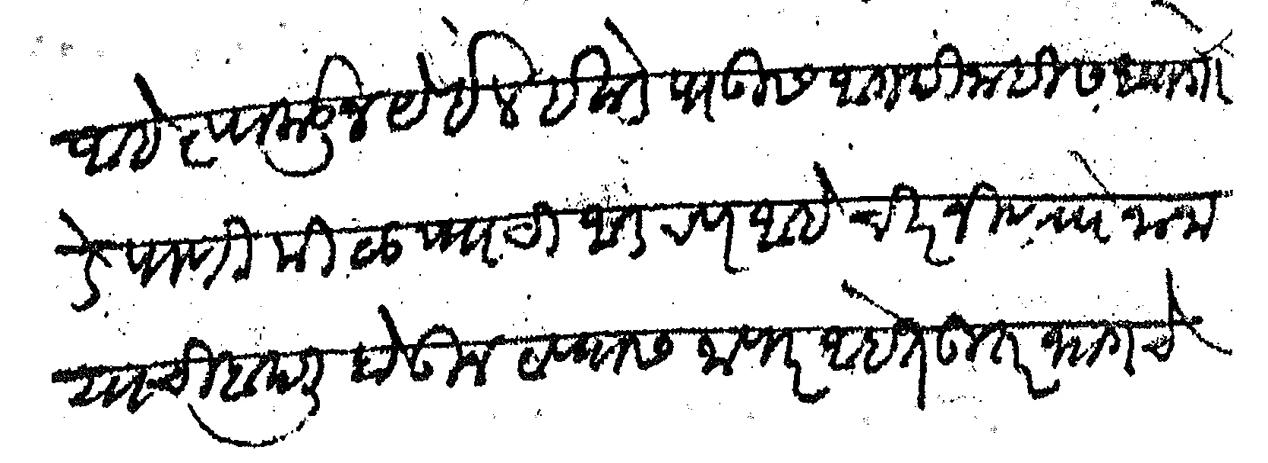
Transliteration (Devanagari): आहे त्याकडून येईल इकडे पाऊस अगदी नाही सध्या गोडे पाणी मिळण्याची आडचण आहे चिरंजीव रो नाना याची बदली होऊन ठाण्यास जाणार आहेत उतर भागचे